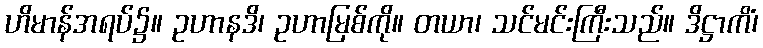
ဟိမာန်အရပ်၌။ ဥဟာနဒိ၊ ဥဟာမြစ်ကို။ တယာ၊ သင်မင်းကြီးသည်။ ဒိဋ္ဌာကိံ၊